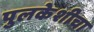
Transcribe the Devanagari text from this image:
पुलकेशीचा